Lunatic asylums Madras 1877-1891 - 1877-1891
Year: 1877
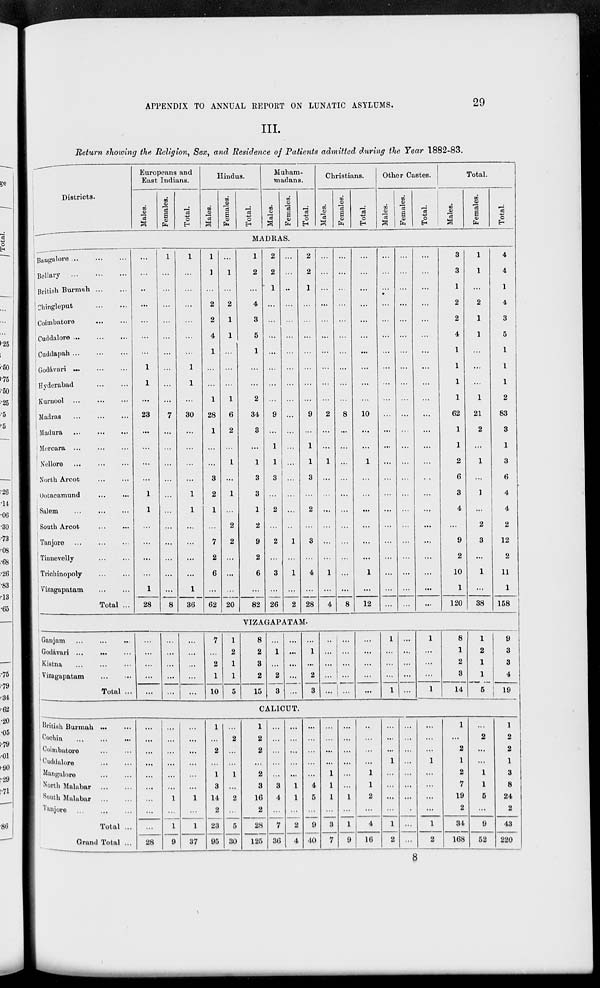
APPENDIX TO ANNUAL REPORT ON LUNATIC ASYLUMS.
29
III.
Return showing the Religion, Sex, and Residence of Patients admitted during the Year 1882-83.
Districts.
Europeans and
East Indians.
Males.
Females.
Total.
Hindus.
Males.
Females.
Total.
Muham-
madans.
Males.
Females.
Total.
Christians.
Males.
Females.
Total.
Other Castes.
Males.
Females.
Total.
Total.
Males.
Females.
Total.
MADRAS.
Bangalore
...
...
...
Bellary
...
...
...
British Burmah
...
...
Chingleput
...
...
Coimbatore
...
...
Cuddalore
...
...
...
Cuddapah
...
...
...
Godávari
...
...
...
Hyderabad ... ...
Kurnool ... ... ...
Madras ... ... ...
Madura ... ... ...
Mercara ... ... ...
Nellore ... ... ...
North Arcot ... ...
Ootacamund ... ...
Salem ... ... ...
South Arcot ... ... ...
Tanjore ... ... ...
Tinnevelly ... ... ...
Trichinopoly ... ... ...
Vizagapatam ... ...
Total ...
...
...
...
...
...
...
...
1
1
...
23
...
...
...
...
1
1
...
...
...
...
1
28
1
...
...
...
...
...
...
...
...
...
7
...
...
...
...
...
...
...
...
...
...
...
8
1
...
...
...
...
...
...
1
1
...
30
...
...
...
...
1
1
...
...
...
...
1
36
1
1
...
2
2
4
1
...
...
1
28
1
...
...
3
2
1
...
7
2
6
...
62
...
1
...
2
1
1
...
...
...
1
6
2
...
1
...
1
...
2
2
...
...
...
20
1
2
...
4
3
5
1
...
...
2
34
3
...
1
3
3
1
2
9
2
6
...
82
2
2
1
...
...
...
...
...
...
...
9
...
1
1
3
...
2
...
2
...
3
...
26
...
...
...
...
...
...
...
...
...
...
...
...
...
...
...
...
...
...
1
...
1
...
2
2
2
1
...
...
...
...
...
...
...
9
...
1
1
3
...
2
...
3
...
4
...
28
...
...
...
...
...
...
...
...
...
...
2
...
...
1
...
...
...
...
...
...
1
...
4
...
...
...
...
...
...
...
...
...
...
8
...
...
...
...
...
...
...
...
...
...
...
8
...
...
...
...
...
...
...
...
...
...
10
...
...
1
...
...
...
...
...
...
1
...
12
...
...
...
...
...
...
...
...
...
...
...
...
...
...
...
...
...
...
...
...
...
...
...
...
...
...
...
...
...
...
...
...
...
...
...
...
...
...
...
...
...
...
...
...
...
...
...
...
...
...
...
...
...
...
...
...
...
...
...
...
. .
...
...
...
...
...
...
...
...
3
3
1
2
2
4
1
1
1
1
62
1
1
2
6
3
4
...
9
2
10
1
120
1
1
...
2
1
1
...
...
...
1
21
2
...
1
...
1
...
2
3
...
1
...
38
4
4
1
4
3
5
1
1
1
2
83
3
1
3
6
4
4
2
12
2
11
1
158
VIZAGAPATAM.
Ganjam ... ... ...
Godávari ... ... ...
Kistna
...
...
...
Vizagapatam
...
...
Total ...
...
...
...
...
...
...
...
...
...
...
...
...
...
...
...
7
...
2
1
10
1
2
1
1
5
8
2
3
2
15
...
1
...
2
3
...
...
...
...
...
...
1
...
2
3
...
...
...
...
...
...
...
...
...
...
...
...
...
...
...
1
...
...
...
1
...
...
...
...
...
1
...
...
...
1
8
1
2
3
14
1
2
1
1
5
9
3
3
4
19
CALICUT.
British Burmah
...
...
Cochin
...
...
...
Coimbatore ... ...
Cuddalore
...
...
Mangalore
...
...
North Malabar
...
...
South Malabar
...
...
Tanjore
...
...
...
Total ...
Grand Total ...
...
...
...
...
...
...
...
...
...
28
...
...
...
...
...
...
1
...
1
9
...
...
...
...
...
...
1
...
1
37
1
...
2
...
1
3
14
2
23
95
...
2
...
...
1
...
2
...
5
30
1
2
2
...
2
3
16
2
28
125
...
...
...
...
...
3
4
...
7
36
...
...
...
...
...
1
1
...
2
4
...
...
...
...
...
4
5
...
9
40
...
...
...
...
1
1
1
...
3
7
...
...
...
...
...
...
1
...
1
9
...
...
...
...
1
1
2
...
4
16
...
...
...
1
...
...
...
...
1
2
...
...
...
...
...
...
...
...
...
...
...
...
...
1
...
...
...
...
1
2
1
...
2
1
2
7
19
2
34
168
...
2
...
...
1
1
5
...
9
52
1
2
2
1
3
8
24
2
43
220
8